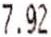
7.92